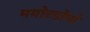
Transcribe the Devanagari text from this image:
मयोरडोमो